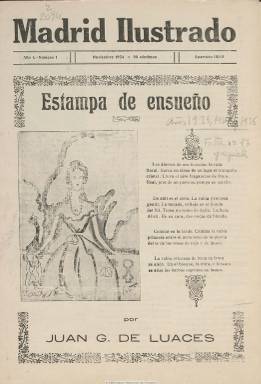
Título: Madrid ilustrado
Colección: Revistas de información general
Ámbito geográfico: Madrid
Lugar de publicación: Madrid
Fechas: 01/11/1934-30/04/1936

Publicación mensual de tan sólo ocho frugales páginas por entrega, obra personal sin duda de quien ha sido considerado como el traductor más prolífico de la posguerra española, Juan G. de Luaces, cuyo nombre y apellidos completos corresponden a Juan González-Blanco Luaces (1906-1963), según el trabajo publicado en Arbor por Marta Ortega Sáez (2009), y que al comienzo del periodo republicano había sido representante de la Juventud Republicana Federal. Luaces comenzó a publicar su revistilla en noviembre de 1934, siempre visada por la censura impuesta tras los acontecimientos del mes de octubre de ese año, reproduciendo casi siempre en su primera página algún poema, junto a un dibujo de Román, de los que integran el libro Estampas que acaba de publicar ese año. El escritor utilizó la revista para publicitar su obra creativa, y contrasta este carácter puramente literario de su primera plana con otros contenidos que impregnan las páginas interiores: comentarios de actualidad política internacional y nacional desde una posición defensora del moderantismo, breves semblanzas laudatorias no sólo de los presidentes de la República y del Gobierno sino de personajes del mundo de las finanzas, entre otros, junto a otras gacetillas tan dispares entre sí como dar cuenta de una cena castiza en el Mesón del Segoviano o una descripción de la Hemeroteca Municipal de Madrid, con otras noticias económicas y corporativas que son cuasi publicidad encubierta de entidades bancarias, de seguros y de otras grandes empresas que, además, son las que patrocinan la revista a través de inserciones publicitarias. A partir de agosto de 1935, el nombre del director aparece indicado en la cabecera, además de añadirle el subtítulo “publicación literaria”, publicación que se presenta más como un mosaico variopinto en el que aparecen, incluso, notas sobe toreros, e inserta algunos fotograbados. Prácticamente no aparecen otros nombres como autores de los textos, excepto el de Cecilio Recalde, y de su hechura se advierte el interés crematístico que la publicación pudo tener para la economía familiar de Luaces. La última entrega, número 16 de la colección, corresponde a abril de 1936.